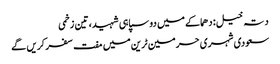
دتہ خیل: دھماکے میں دو سپاہی شہید، تین زخمی
سعودی شہری حرمین ٹرین میں مفت سفر کریں گے